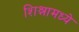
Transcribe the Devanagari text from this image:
शिश्नामध्ये